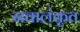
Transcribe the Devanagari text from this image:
नवालंकृत